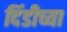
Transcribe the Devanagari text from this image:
दिंडीच्या